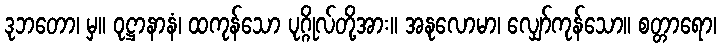
ဒုဘတော၊ မှ။ ဝုဋ္ဌာနာနံ၊ ထကုန်သော ပုဂ္ဂိုလ်တို့အား။ အနုလောမာ၊ လျှော်ကုန်သော။ စတ္တာရော၊